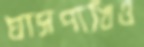
ঘাসপাখিও